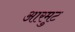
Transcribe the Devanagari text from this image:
आरमुट